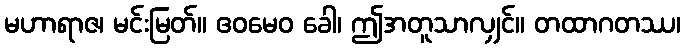
မဟာရာဇ၊ မင်းမြတ်။ ဧဝမေဝ ခေါ၊ ဤအတူသာလျှင်။ တထာဂတဿ၊